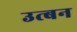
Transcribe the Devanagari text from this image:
उत्बन